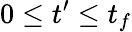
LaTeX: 0\leq t^{\prime}\leq t_{f}